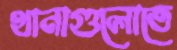
থানাগুলোতে